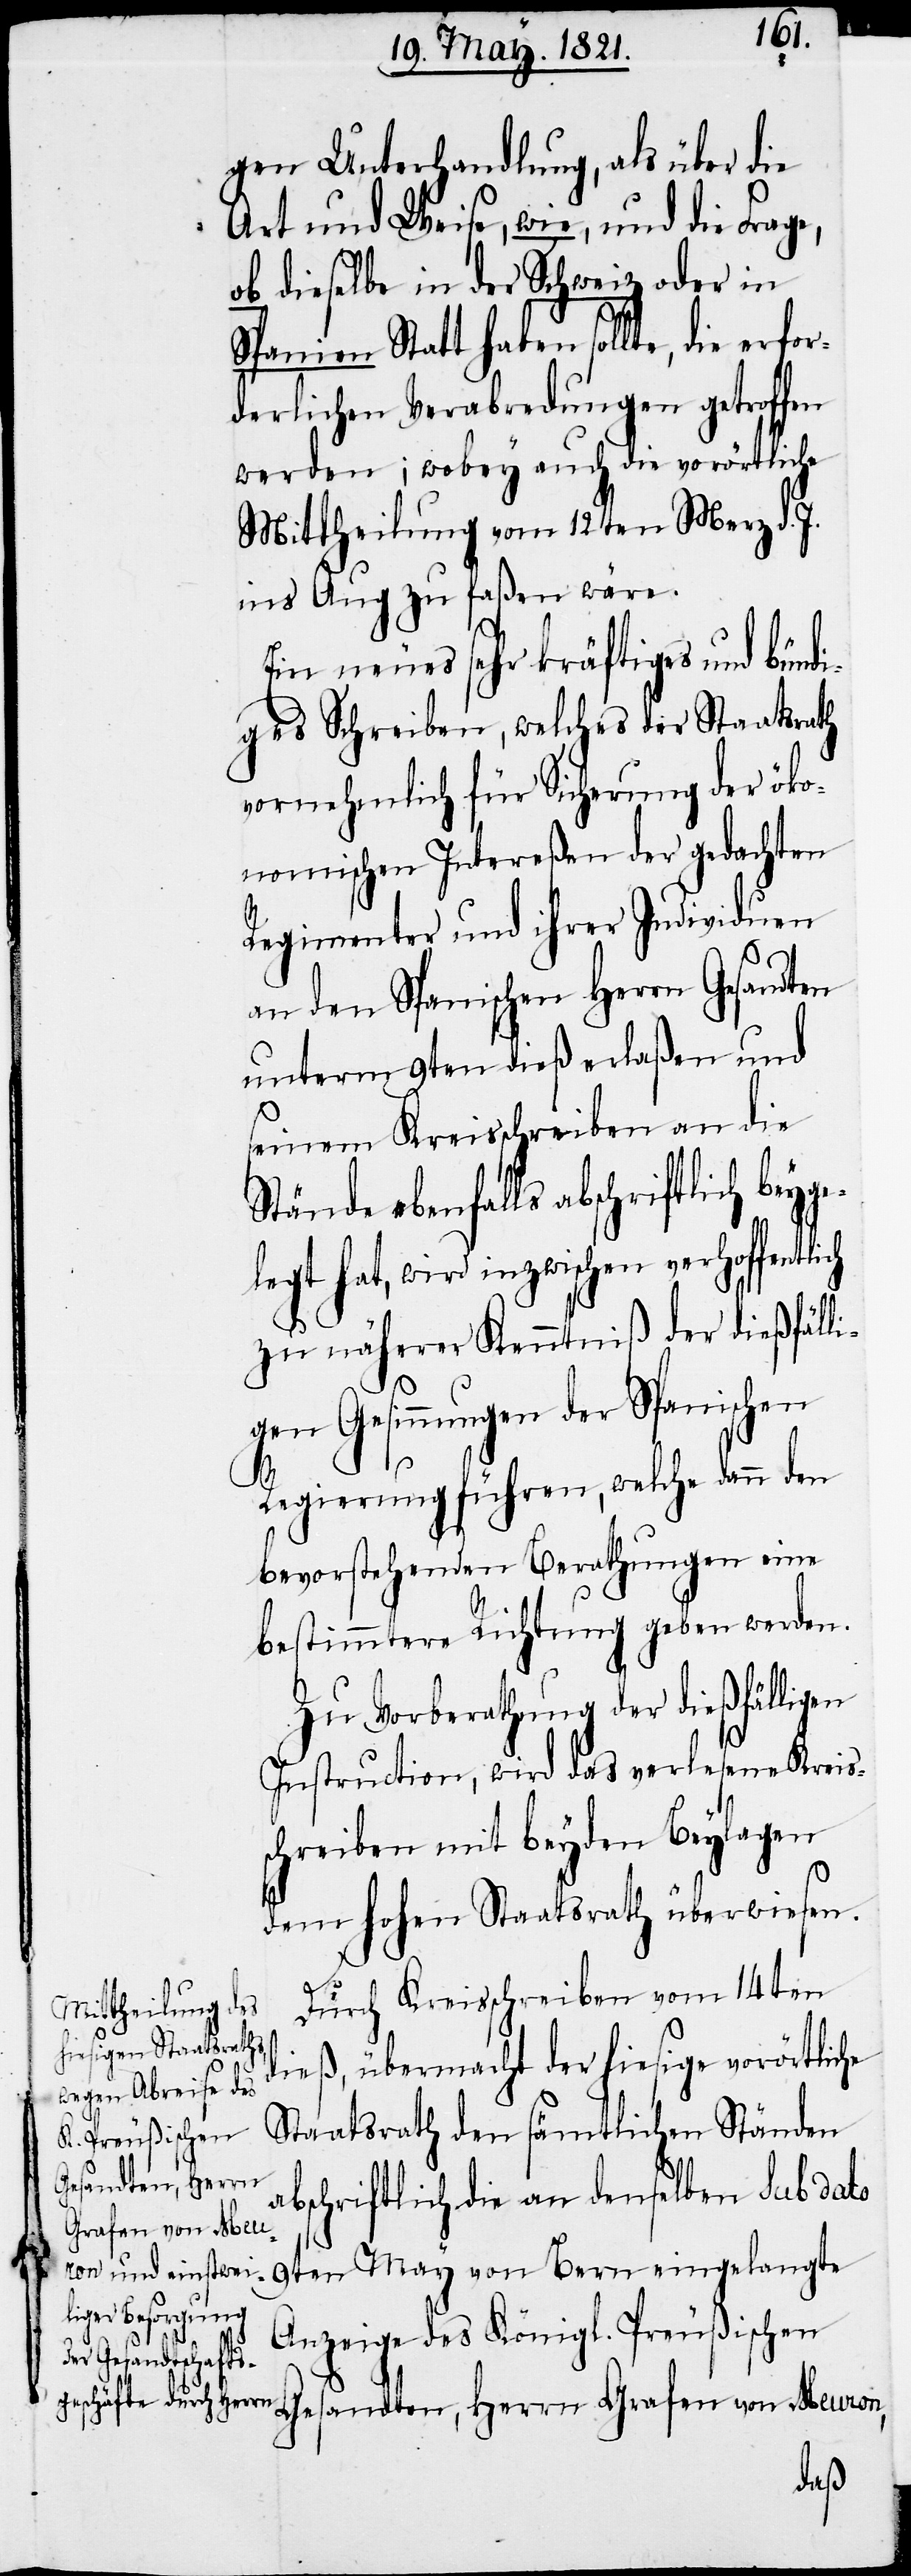
gen Unterhandlung, als über die
Art und Weise, wie, und die Frage,
ob dieselbe in der Schweiz oder in
Spanien Statt haben sollte, die erfor¬
derlichen Verabredungen getroffen
werden; wobey auch die vorörtliche
Mittheilung vom 12ten Merz d. J.
ins Aug zu faßen wäre.
Ein neues sehr kräftiges und bündi¬
ges Schreiben, welches der Staatsrath
vornehmlich für Sicherung der öko¬
nomischen Intereßen der gedachten
Regimenter und ihrer Individuen
an den Spanischen Herrn Gesandten
unterm 9ten dieß erlaßen und
seinem Kreisschreiben an die
Stände ebenfalls abschriftlich bey¬
legt hat, wird inzwischen verhoffentl¬
zu näherer Kenntniß der dießfälli¬
gen Gesinnungen der Spanischen
Regierung führen, welche dann den
bevorstehenden Berathungen eine
bestimmte Richtung geben werden.
Zu Vorberathung der dießfälligen
Instructionen, wird das verlesene Kreis¬
schreiben mit beyden Beylagen
dem hohen Staatsrath überwiesen.
ich
Durch Kreisschreiben vom 14ten
dieß, übermacht der hiesige vorörtliche
Staatsrath den sämtlichen Ständen
Gesandten, Herrn
abschriftlich die an denselben sub dato
Grafen von Meuron,
9ten May von Bern eingelangte
Anzeige des Königl. Preußischen